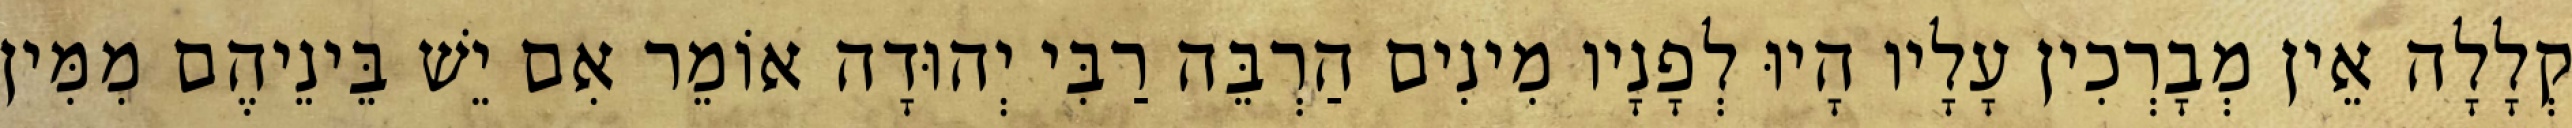
קְלָלָה אֵין מְבָרְכִין עָלָיו הָיוּ לְפָנָיו מִינִים הַרְבֵּה רַבִּי יְהוּדָה אוֹמֵר אִם יֵשׁ בֵּינֵיהֶם מִמִּין